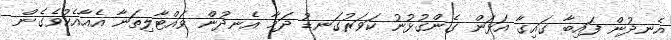
އެނދުން ފައިބާ ގައިގާ އަޅަން ގެންގުޅުނު ކަވަރުގަނޑު ދަމާ އެނދުން ވައްޓާލިތަނާ އެއާއެކުވެގެން